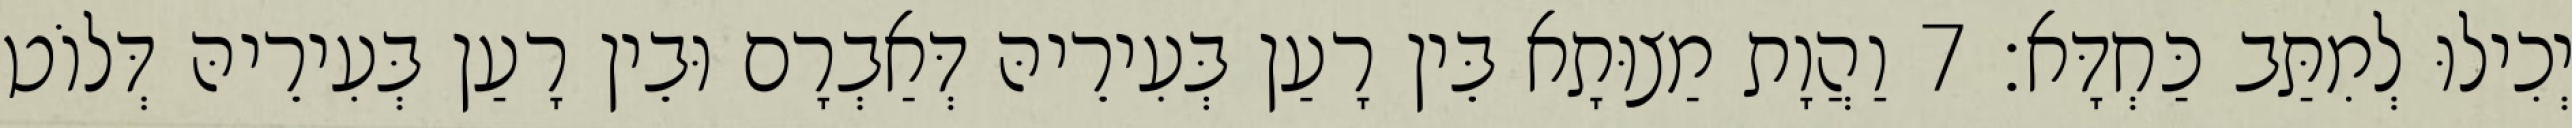
יְכִילוּ לְמִתַּב כַּחְדָּא׃ 7 וַהֲוָת מַצוּתָא בֵּין רָעַן בְּעִירֵיהּ דְּאַבְרָם וּבֵין רָעַן בְּעִירֵיהּ דְּלוֹט